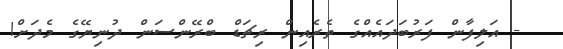
- އަލިފާން ފަރުބަދައެއްގެ ތެރެއިން ރިޗަޑް ބްރޭންސަން ދުނިޔޭގެ މެދަށް!